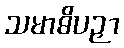
သမာဓိပဉှာ